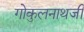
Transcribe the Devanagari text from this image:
गोकुलनाथजी